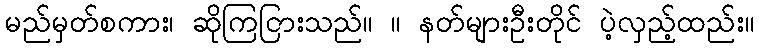
မည်မှတ်စကား၊ ဆိုကြငြားသည်။ ။ နတ်များဦးတိုင် ပဲ့လှည့်ထည်း။